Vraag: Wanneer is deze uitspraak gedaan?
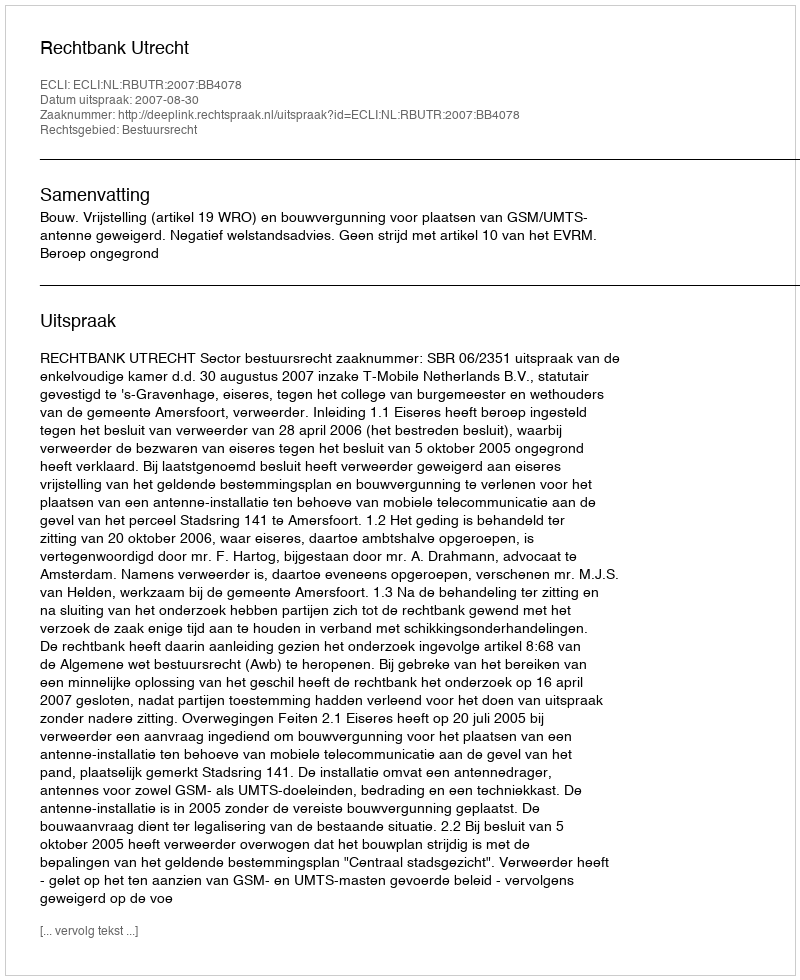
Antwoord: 2007-08-30